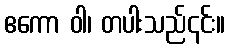
ဧကော ဝါ၊ တပါးသည်၎င်း။